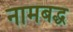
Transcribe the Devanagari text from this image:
नामबद्ध